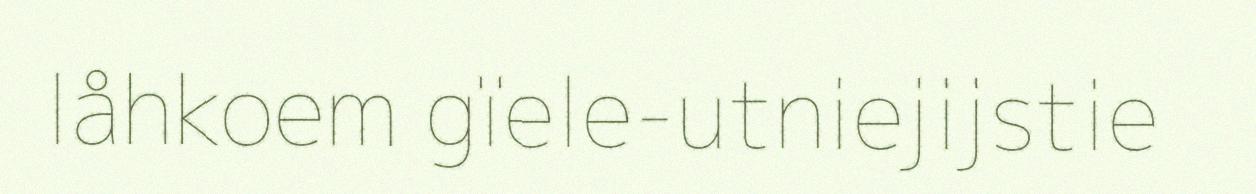
låhkoem gïele-utniejijstie